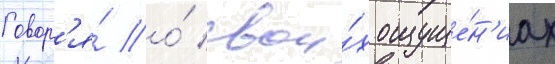
Говор'я́ о́ свои́х ощуще́н'иах